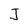
Character: J